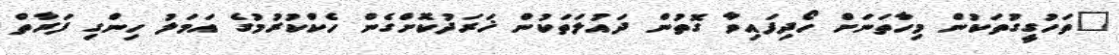
"ތަހުގީގުތަކުން މިހާތަނަށް ހޯދިފައިވާ ގޮތުން ދައުލަތަކުން ޚަރަދުކޮށްގެން ހެކްކުރުމުގެ އަމަލު ހިންގި ފަރާތް